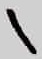
Text: 1